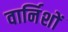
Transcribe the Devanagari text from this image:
वार्निशों